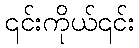
၎င်းကိုယ်၎င်း